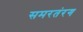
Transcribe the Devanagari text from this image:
समरतंरग